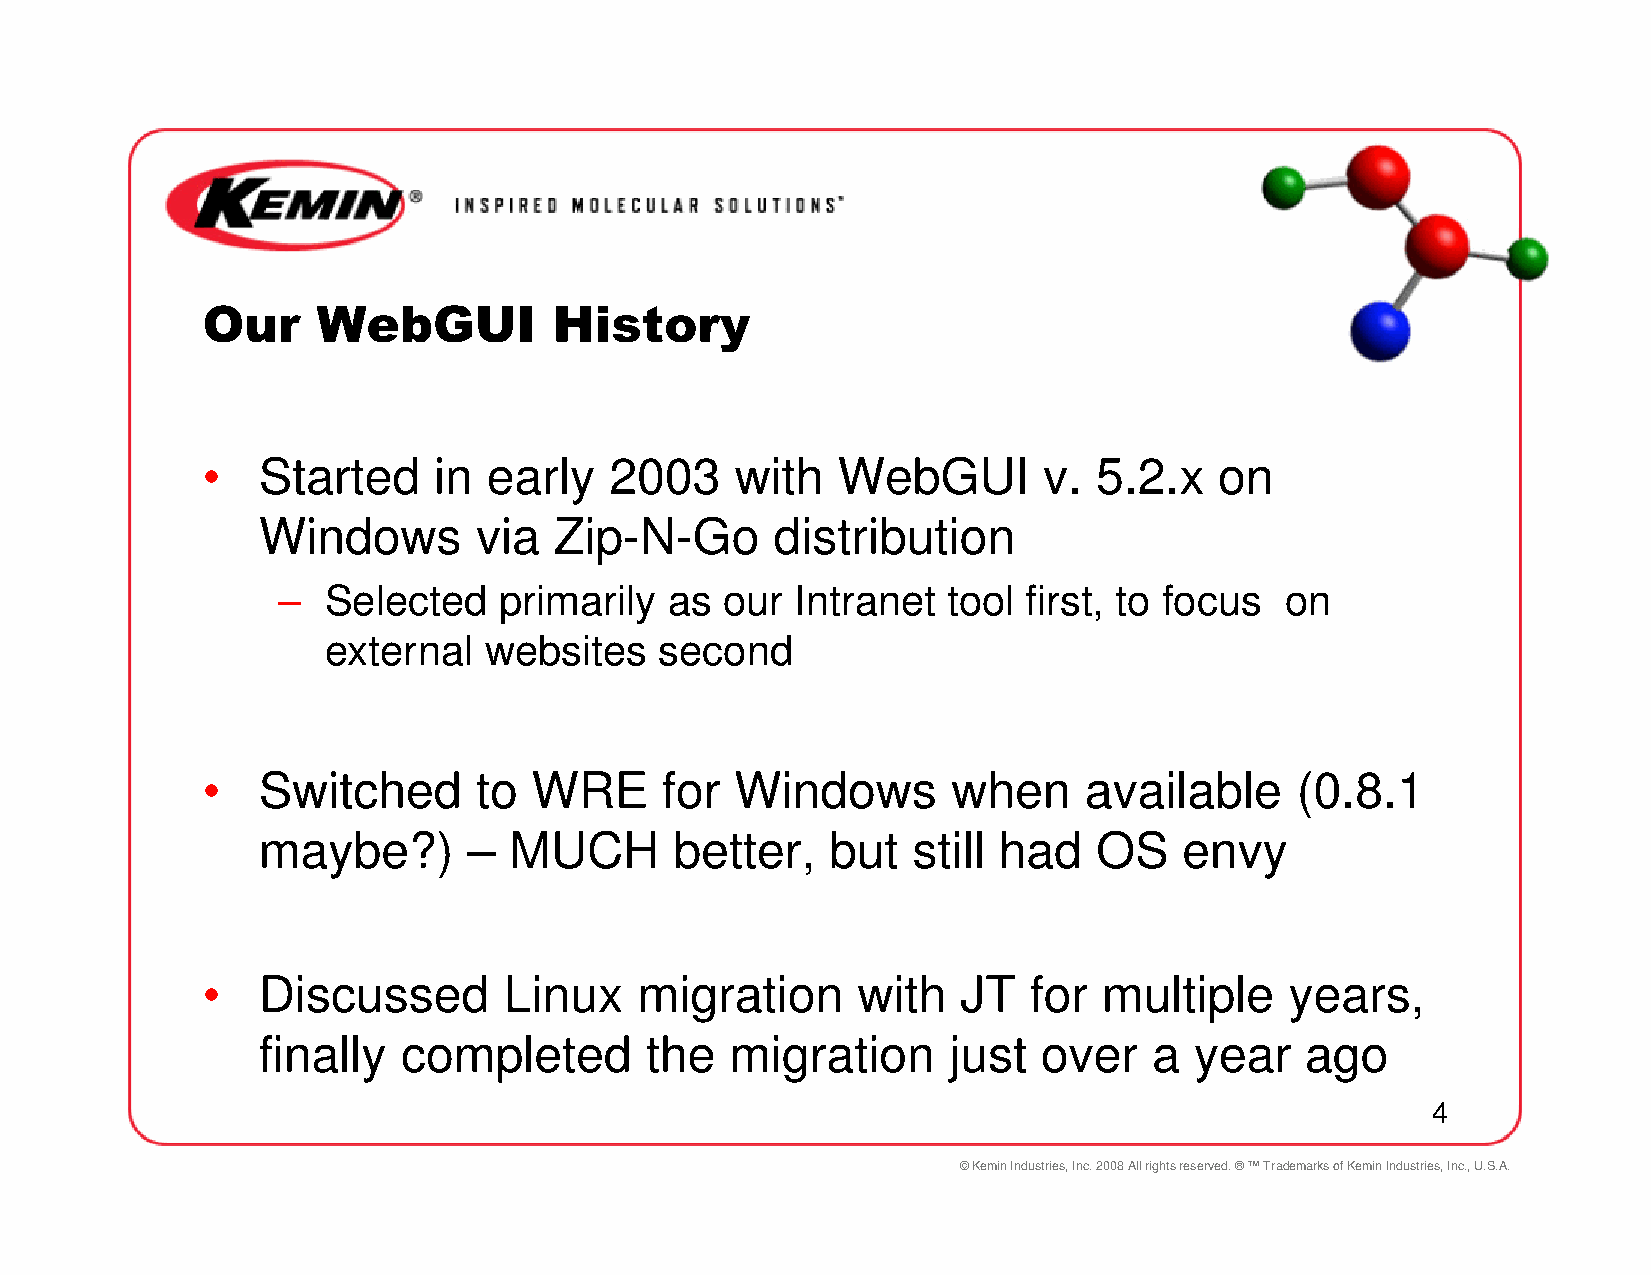
Our     WebGUI          History
 •   Started     in early   2003     with  WebGUI        v.  5.2.x   on
 Windows       via   Zip-N-Go      distribution
 –  Selected    primarily  as  our  Intranet  tool first, to focus  on
 external   websites    second
 •   Switched      to  WRE      for  Windows       when     available     (0.8.1
 maybe?)       –  MUCH       better,   but  still had    OS   envy
 •   Discussed       Linux    migration      with   JT  for  multiple    years,
 finally   completed       the  migration      just  over   a  year   ago
 4
 © Kemin Industries, Inc. 2008 All rights reserved. ® ™ Trademarks of Kemin Industries, Inc., U.S.A.